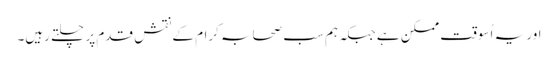
اور یہ اُسوقت ممکن ہے جبکہ ہم سب صحابہ کرام کے نقش قدم پر چلتے رہیں۔